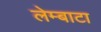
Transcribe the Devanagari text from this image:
लेम्बाटा